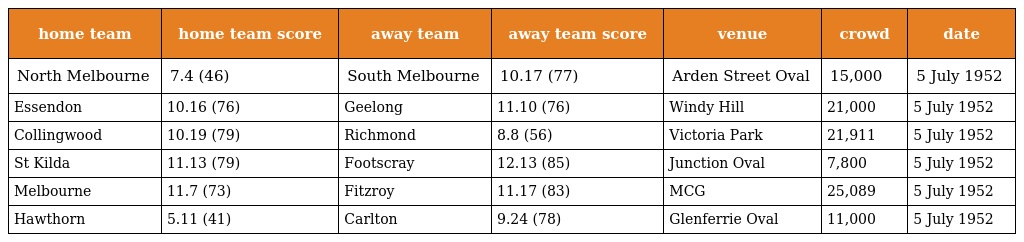
| home team | home team score | away team | away team score | venue | crowd | date |
 | --- | --- | --- | --- | --- | --- | --- |
 | North Melbourne | 7.4 (46) | South Melbourne | 10.17 (77) | Arden Street Oval | 15,000 | 5 July 1952 |
 | Essendon | 10.16 (76) | Geelong | 11.10 (76) | Windy Hill | 21,000 | 5 July 1952 |
 | Collingwood | 10.19 (79) | Richmond | 8.8 (56) | Victoria Park | 21,911 | 5 July 1952 |
 | St Kilda | 11.13 (79) | Footscray | 12.13 (85) | Junction Oval | 7,800 | 5 July 1952 |
 | Melbourne | 11.7 (73) | Fitzroy | 11.17 (83) | MCG | 25,089 | 5 July 1952 |
 | Hawthorn | 5.11 (41) | Carlton | 9.24 (78) | Glenferrie Oval | 11,000 | 5 July 1952 |